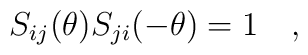
S_{ij}(\theta )S_{ji}(-\theta )=1\quad ,